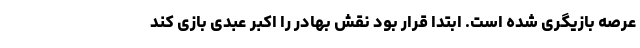
عرصه بازیگری شده است. ابتدا قرار بود نقش بهادر را اکبر عبدی بازی کند